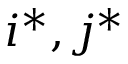
i ^ { * } , j ^ { * }